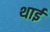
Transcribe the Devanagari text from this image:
थाईं